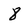
Character: 8